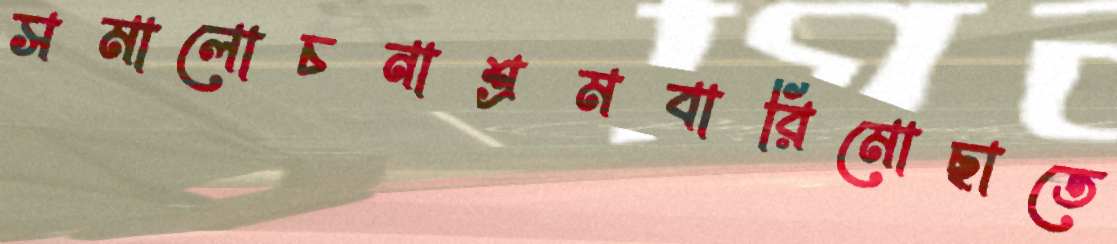
সমালোচনাশ্রমবারিমোছাতে